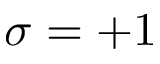
\sigma = + 1